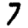
Digit: 7